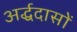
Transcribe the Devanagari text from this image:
अर्द्धदासों